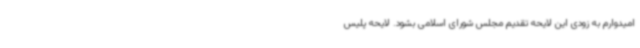
امیدوارم به زودی این لایحه تقدیم مجلس شورای اسلامی بشود. لایحه پلیس